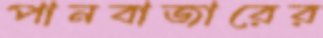
পানবাজারের